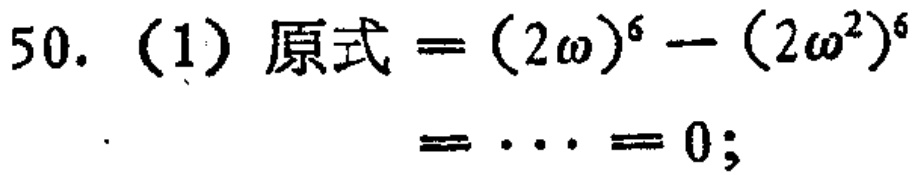
50. (1) 原式 \(=(2\omega)^{6}-(2\omega^{2})^{6}=\cdots = 0\);